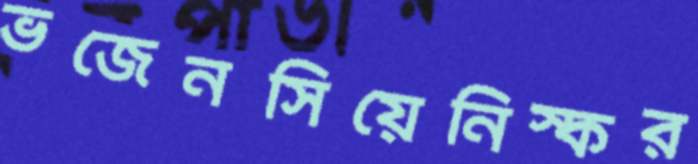
ভজেনসিয়েনিস্কর